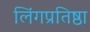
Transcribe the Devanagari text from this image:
लिंगप्रतिष्ठा